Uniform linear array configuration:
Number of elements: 64
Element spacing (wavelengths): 0.5
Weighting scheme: exponential
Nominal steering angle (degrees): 60
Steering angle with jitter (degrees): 61.543
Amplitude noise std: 0.05
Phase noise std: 0.05

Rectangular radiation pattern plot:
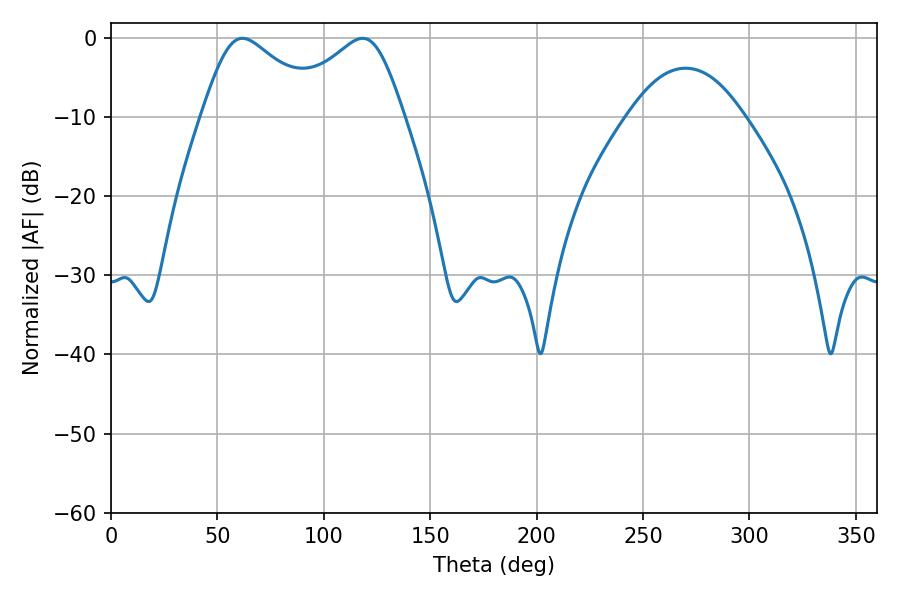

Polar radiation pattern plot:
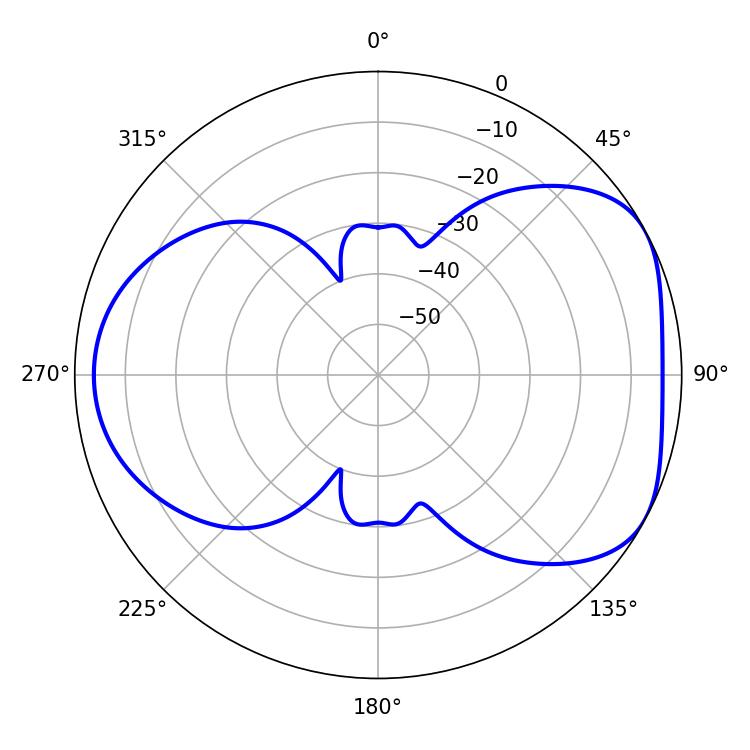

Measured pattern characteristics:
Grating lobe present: FALSE
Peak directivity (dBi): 5.035
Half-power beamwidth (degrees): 28.26
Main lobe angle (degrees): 61.74